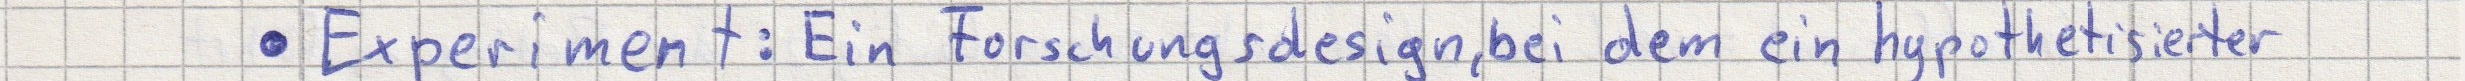
- Experiment: Ein Forschungsdesign, bei dem ein hypothetisierter